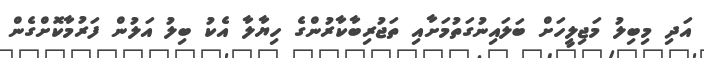
އަދި މިބިލު މަޖިލީހަށް ބަލައިނުގަތުމަށާއި ތަޖުރިބާކާރުންގެ ހިޔާލާ އެކު ބިލު އަލުން ފަރުމާކޮށްގެން